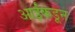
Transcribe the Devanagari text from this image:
आईंकडून